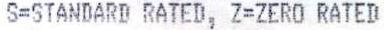
S=STANDARD RATED, Z=ZERO RATED